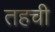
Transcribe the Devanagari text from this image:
तहची